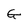
Character: G